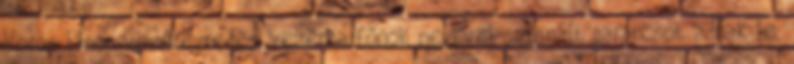
Vörös János vezérezredes, vezérkarfõnök nevével szignált parancsot adnak le,